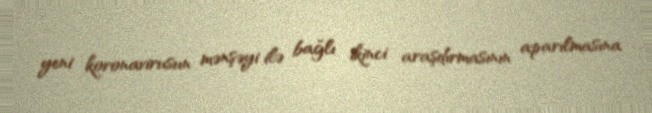
yeni koronavirusun mənşəyi ilə bağlı ikinci araşdırmasının aparılmasına